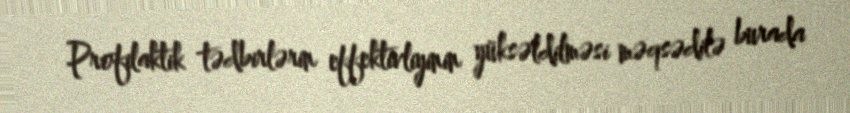
Profilaktik tədbirlərin effektivliyinin yüksəldilməsi məqsədilə burada